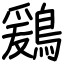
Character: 鶢